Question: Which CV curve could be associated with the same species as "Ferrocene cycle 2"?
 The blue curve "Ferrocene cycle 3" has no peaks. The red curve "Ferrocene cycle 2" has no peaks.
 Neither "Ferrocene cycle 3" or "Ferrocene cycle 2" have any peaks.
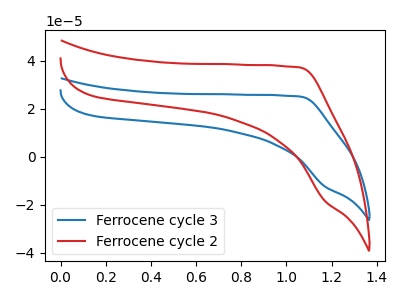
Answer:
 <answer>The CV with the most similar shape to "Ferrocene cycle 3" is "Ferrocene cycle 2".</answer>
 <eval>"Ferrocene cycle 2"</eval>